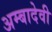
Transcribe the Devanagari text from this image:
अम्बादेवी